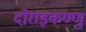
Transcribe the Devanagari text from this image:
दोराइकण्णु